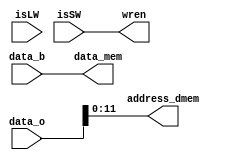
module memory_stage(data_o, data_b, isLW, isSW,address_dmem, data_mem, wren);
	input [31:0] data_o, data_b;
	input isLW, isSW;
	output [11:0] address_dmem;
   output [31:0] data_mem;
   output wren;
	
	assign wren = isSW;
	assign address_dmem = data_o;
	assign data_mem = data_b;

endmodule